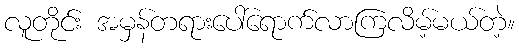
လူတိုင်း အမှန်တရားပေါ်ရောက်လာကြလိမ့်မယ်တဲ့။